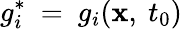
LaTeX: g_{i}^{*}~=~g_{i}(\mathbf{x},\ t_{0})